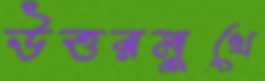
উত্তরমুখে